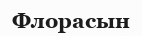
Флорасын